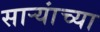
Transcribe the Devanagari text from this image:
सार्‍यांच्या